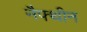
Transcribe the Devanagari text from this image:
नैफ्थीन